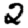
Digit: 2